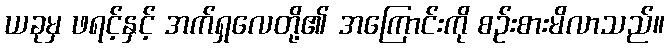
ယခုမှ ဖရင့်နှင့် အက်ရှလေတို့၏ အကြောင်းကို စဉ်းစားမိလာသည်။